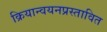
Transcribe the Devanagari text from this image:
क्रियान्वयनप्रस्तावित